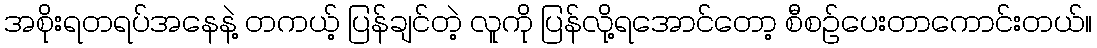
အစိုးရတရပ်အနေနဲ့ တကယ့် ပြန်ချင်တဲ့ လူကို ပြန်လို့ရအောင်တော့ စီစဉ်ပေးတာကောင်းတယ်။